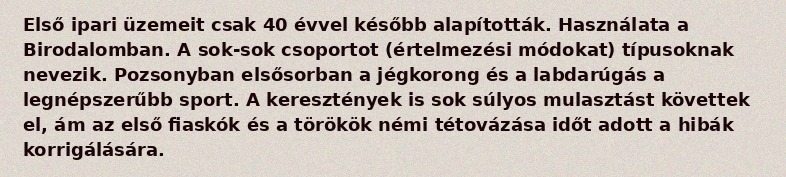
Első ipari üzemeit csak 40 évvel később alapították. Használata a Birodalomban. A sok-sok csoportot (értelmezési módokat) típusoknak nevezik. Pozsonyban elsősorban a jégkorong és a labdarúgás a legnépszerűbb sport. A keresztények is sok súlyos mulasztást követtek el, ám az első fiaskók és a törökök némi tétovázása időt adott a hibák korrigálására.